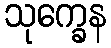
သုက္ခေန